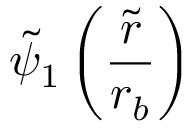
\tilde { \psi } _ { 1 } \left( \frac { \tilde { r } } { r _ { b } } \right)